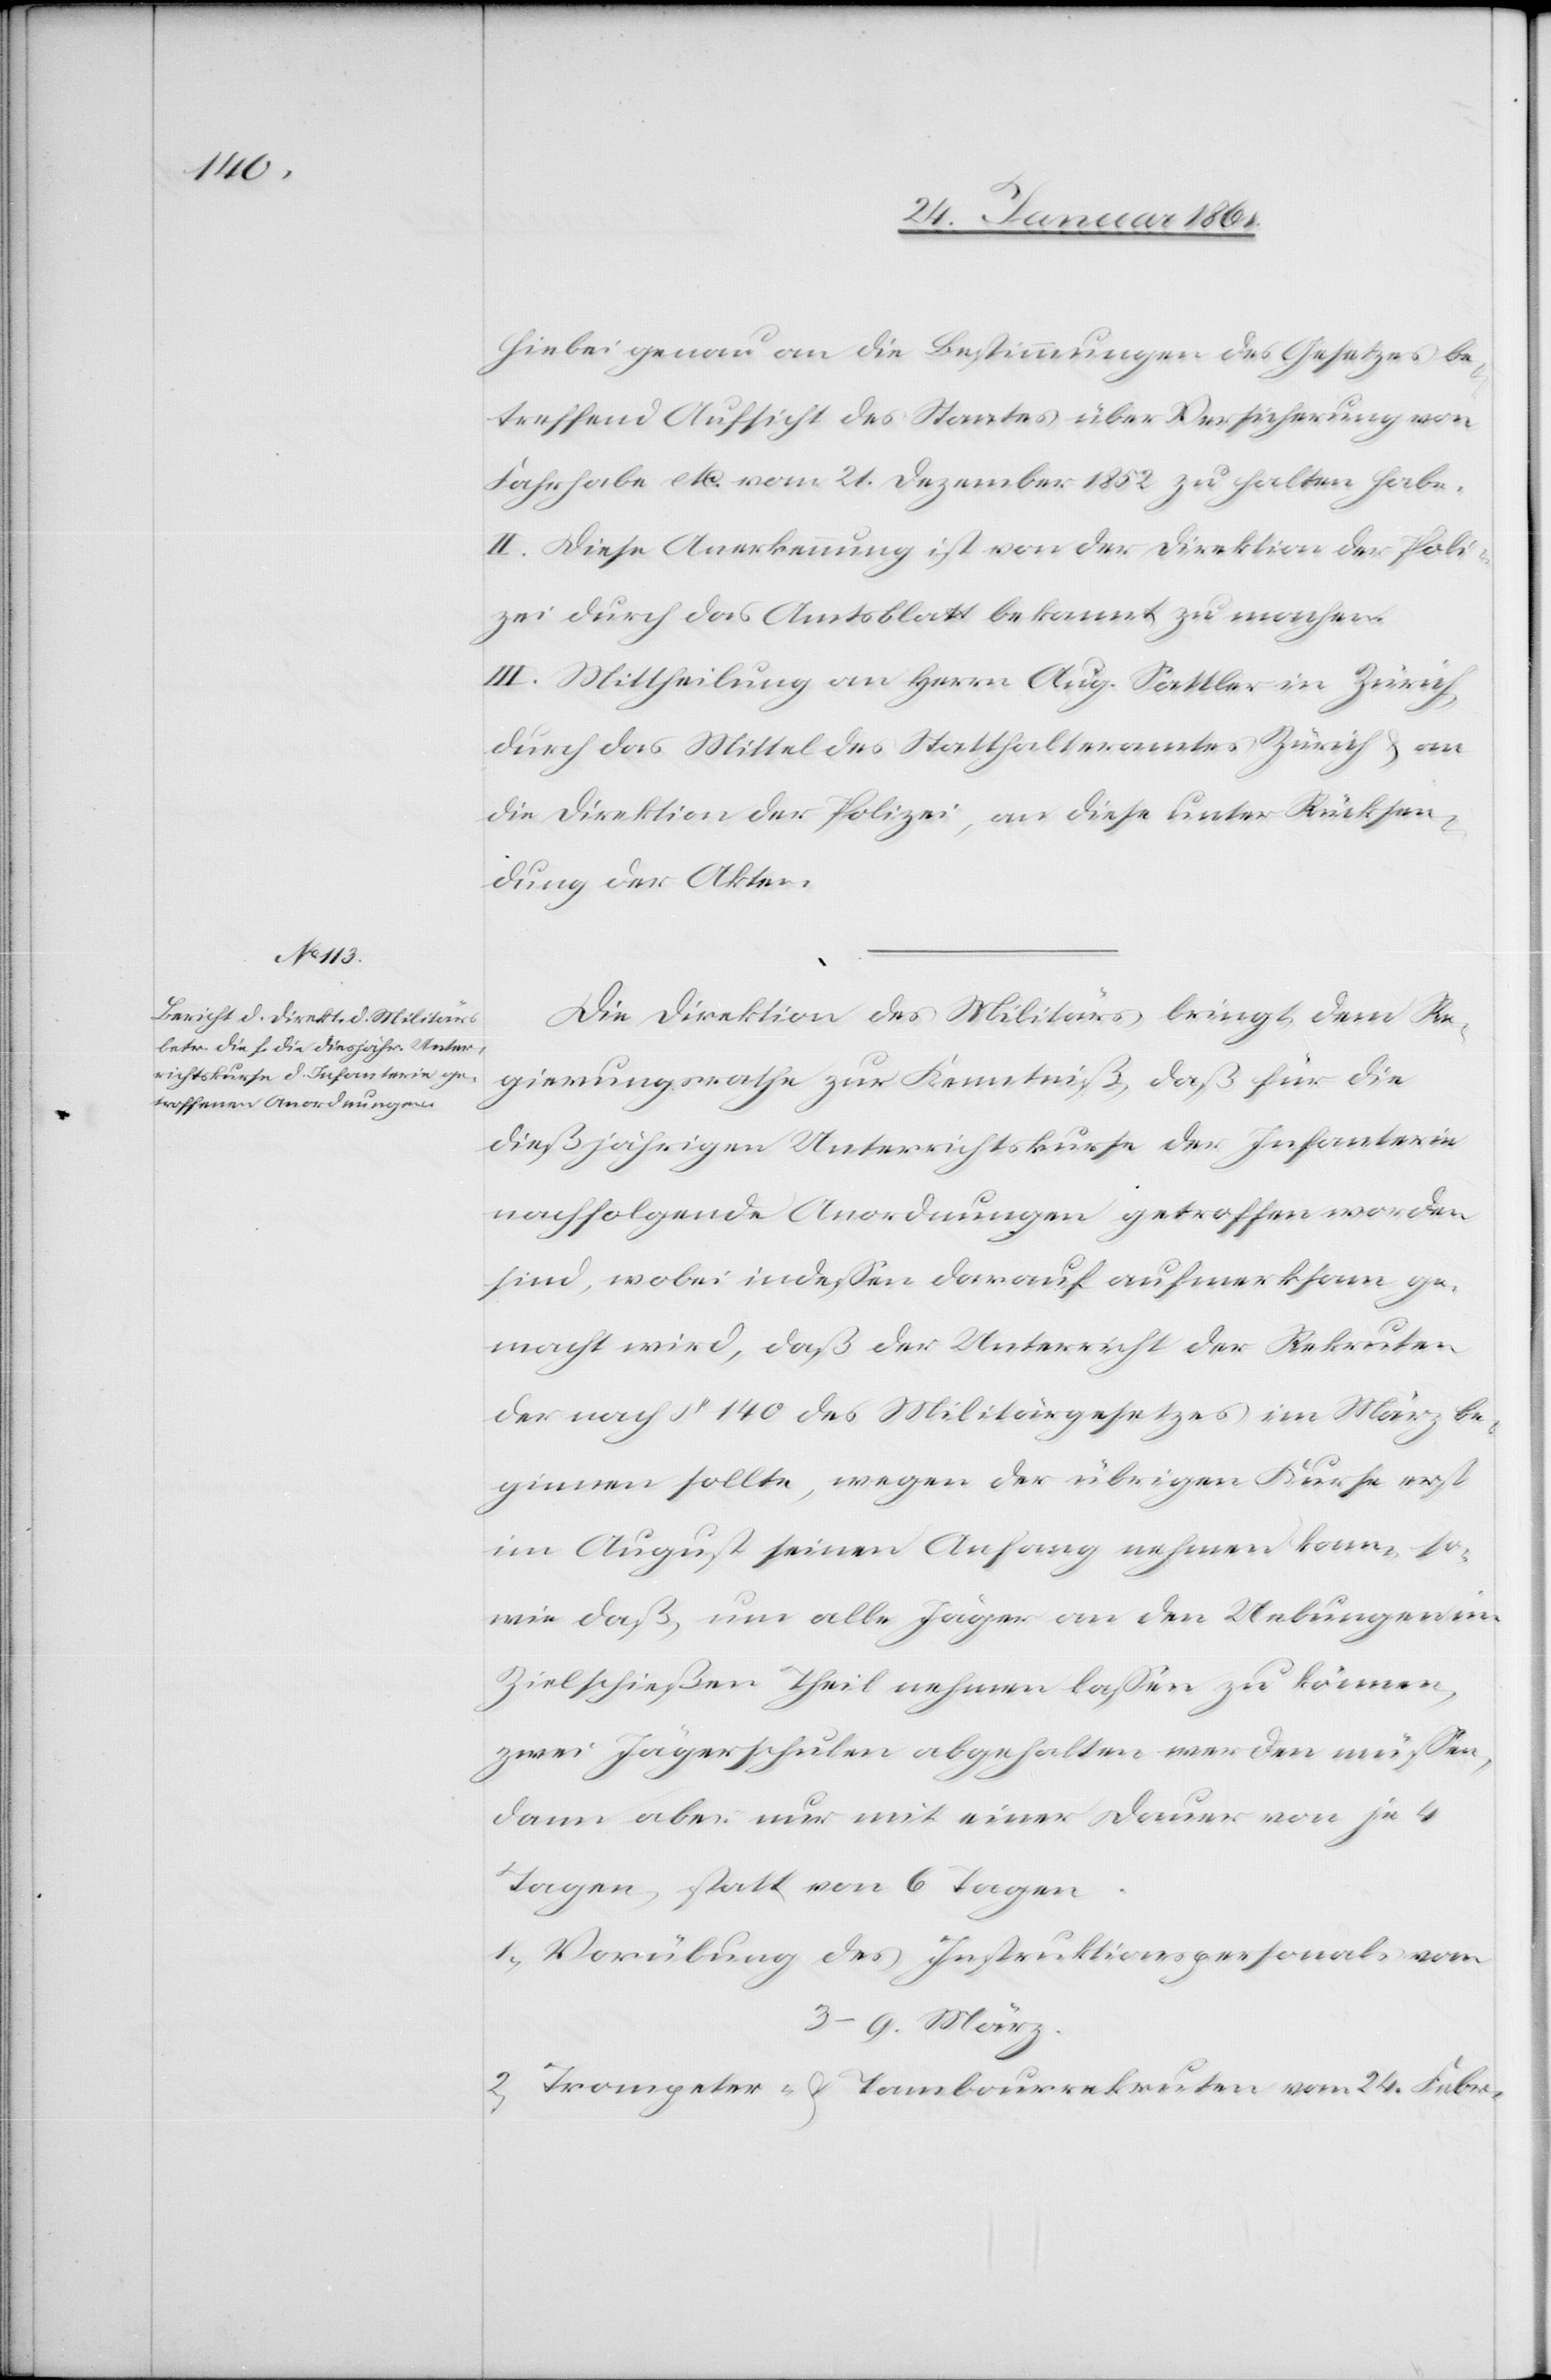
hiebei genau an die Bestimmungen des Gesetzes be¬
treffend Aufsicht des Staates über Versicherung von
Fahrhabe etc. vom 21. Dezember 1852 zu halten habe.
II. Diese Anerkennung ist von der Direktion der Poli¬
zei durch das Amtsblatt bekannt zu machen.
III: Mittheilung an Herrn Aug. Sattler in Zürich,
durch das Mittel des Statthalteramtes Zürich u. an
die Direktion der Polizei, an diese unter Rücksen¬
dung der Akten.
Die Direktion des Militärs bringt dem Re¬
gierungsrathe zur Kenntniß, daß für die
dießjährigen Unterrichtskurse der Infanterie
nachfolgende Anordnungen getroffen worden
sind, wobei indessen darauf aufmerksam ge¬
macht wird, daß der Unterricht der Rekruten
der nach §. 140 des Militärgesetzes im März be¬
ginnen sollte, wegen der übrigen Kurse erst
im August seinen Anfang nehmen kann, so¬
wie daß, um alle Jäger an den Uebungen im
Zielschießen Theil nehmen lassen zu können,
zwei Jägerschulen abgehalten werden müssen,
dann aber nur mit einer Dauer von je 4
Tagen, statt von 6 Tagen.
1) Vorübung des Instruktionspersonals vom
3.–9. März
2) Trompeter- u. Tambourrekruten vom 24. Febr.